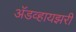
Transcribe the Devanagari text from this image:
अॅडव्हायझरी